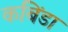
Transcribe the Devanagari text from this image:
कबिंडा